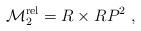
LaTeX: \begin{align*}{\cal M} _2 ^ {\rm rel} = {R} \times R P ^2\ ,\end{align*}